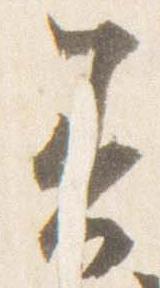
着